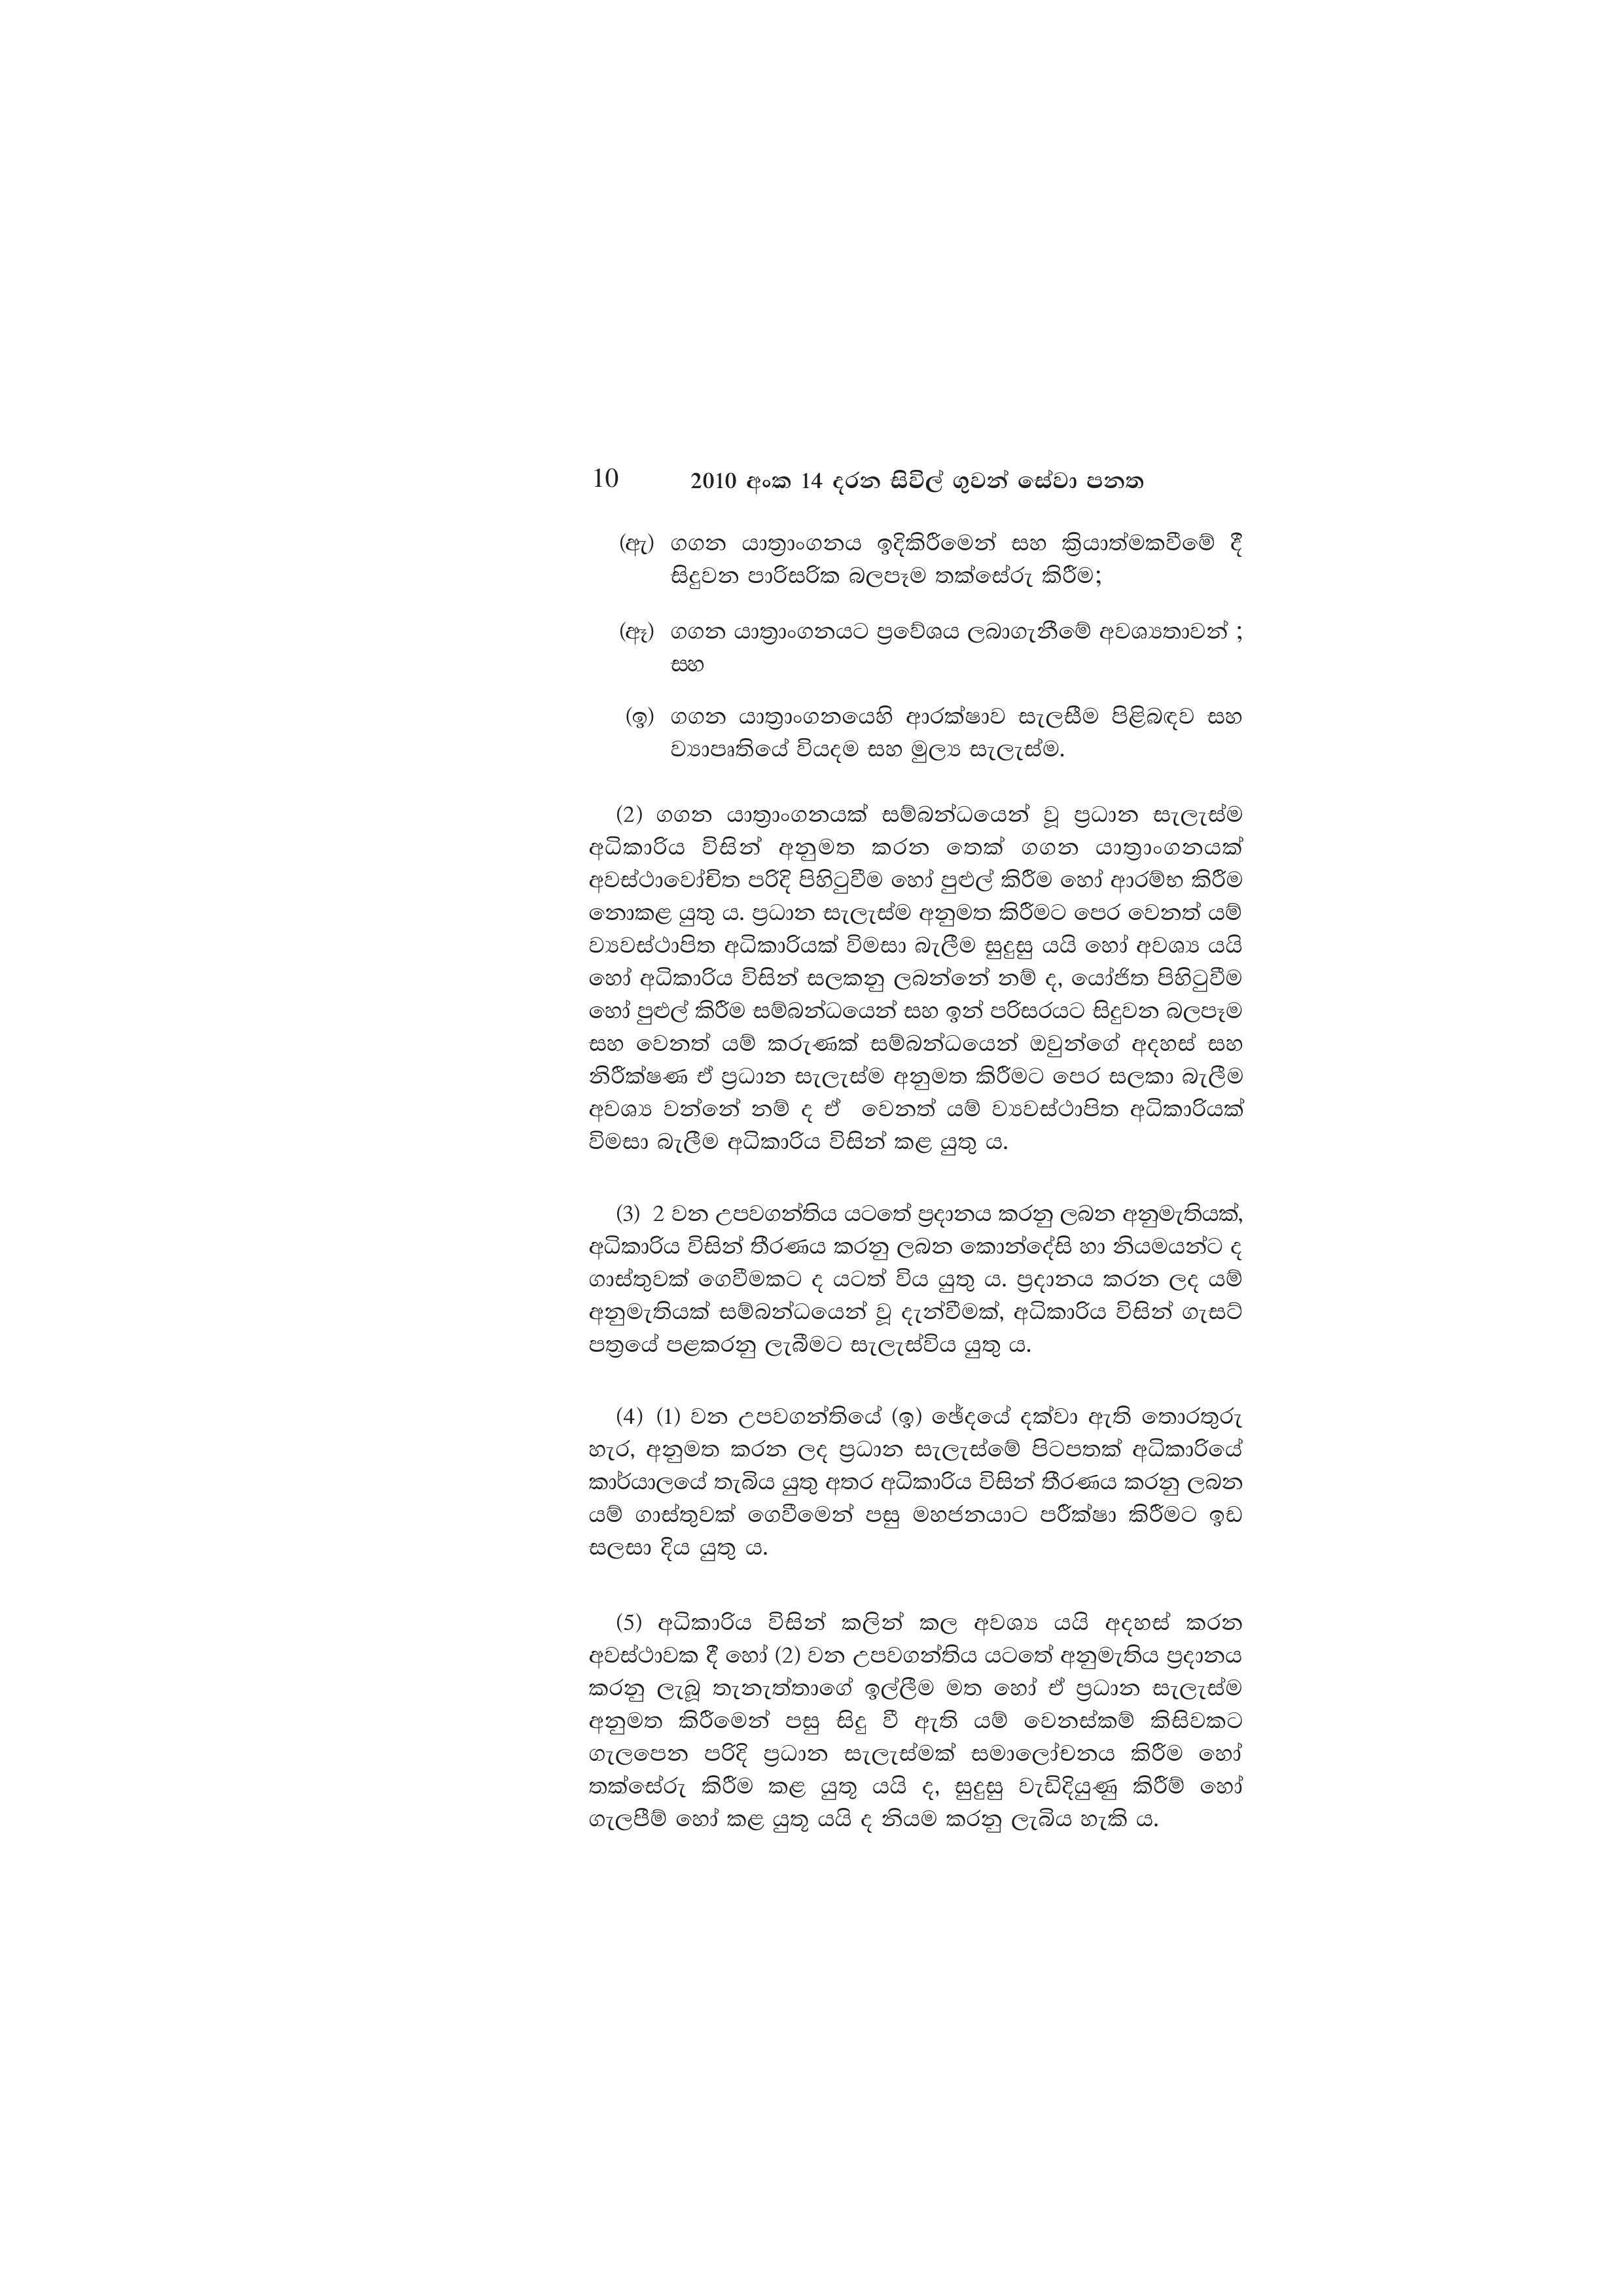
10  2010 අංක 14 දරන සිවිල් ගුවන් සේවා පනත

(ඇ) ගගන යාත්‍රාංගනය ඉදිකිරීමෙන් සහ ක්‍රියාත්මකවීමේ දී
සිදුවන පාරිසරික බලපෑම තක්සේරු කිරීම;

(ඈ) ගගන යාත්‍රාංගනයට ප්‍රවේශය ලබාගැනීමේ අවශ්‍යතාවන් ;
සහ

(ඉ) ගගන යාත්‍රාංගනයෙහි ආරක්ෂාව සැලසීම පිළිබඳව සහ
ව්‍යාපෘතියේ වියදම සහ මුල්‍ය සැලැස්ම.

(2) ගගන යාත්‍රාංගනයක් සම්බන්ධයෙන් වූ ප්‍රධාන සැලැස්ම
අධිකාරිය විසින් අනුමත කරන තෙක් ගගන යාත්‍රාංගනයක්
අවස්ථාවෝචිත පරිදි පිහිටුවීම හෝ පුළුල් කිරීම හෝ ආරම්භ කිරීම
නොකළ යුතු ය. ප්‍රධාන සැලැස්ම අනුමත කිරීමට පෙර වෙනත් යම්
ව්‍යවස්ථාපිත අධිකාරියක් විමසා බැලීම සුදුසු යයි හෝ අවශ්‍ය යයි
හෝ අධිකාරිය විසින් සලකනු ලබන්නේ නම් ද, යෝජිත පිහිටුවීම
හෝ පුළුල් කිරීම සම්බන්ධයෙන් සහ ඉන් පරිසරයට සිදුවන බලපෑම
සහ වෙනත් යම් කරුණක් සම්බන්ධයෙන් ඔවුන්ගේ අදහස් සහ
නිරීක්ෂණ ඒ ප්‍රධාන සැලැස්ම අනුමත කිරීමට පෙර සලකා බැලීම
අවශ්‍ය වන්නේ නම් ද ඒ වෙනත් යම් ව්‍යවස්ථාපිත අධිකාරියක්
විමසා බැලීම අධිකාරිය විසින් කළ යුතු ය.

(3) 2 වන උපවගන්තිය යටතේ ප්‍රදානය කරනු ලබන අනුමැතියක්,
අධිකාරිය විසින් තීරණය කරනු ලබන කොන්දේසි හා නියමයන්ට ද
ගාස්තුවක් ගෙවීමකට ද යටත් විය යුතු ය. ප්‍රදානය කරන ලද යම්
අනුමැතියක් සම්බන්ධයෙන් වූ දැන්වීමක්, අධිකාරිය විසින් ගැසට්
පත්‍රයේ පළකරනු ලැබීමට සැලැස්විය යුතු ය.

(4) (1) වන උපවගන්තියේ (ඉ) ඡේදයේ දක්වා ඇති තොරතුරු
හැර, අනුමත කරන ලද ප්‍රධාන සැලැස්මේ පිටපතක් අධිකාරියේ
කාර්යාලයේ තැබිය යුතු අතර අධිකාරිය විසින් තීරණය කරනු ලබන
යම් ගාස්තුවක් ගෙවීමෙන් පසු මහජනයාට පරීක්ෂා කිරීමට ඉඩ
සලසා දිය යුතු ය.

(5) අධිකාරිය විසින් කලින් කල අවශ්‍ය යයි අදහස් කරන
අවස්ථාවක දී හෝ (2) වන උපවගන්තිය යටතේ අනුමැතිය ප්‍රදානය
කරනු ලැබූ තැනැත්තාගේ ඉල්ලීම මත හෝ ඒ ප්‍රධාන සැලැස්ම
අනුමත කිරීමෙන් පසු සිදු වී ඇති යම් වෙනස්කම් කිසිවකට
ගැලපෙන පරිදි ප්‍රධාන සැලැස්මක් සමාලෝචනය කිරීම හෝ
තක්සේරු කිරීම කළ යුතූ යයි ද, සුදුසු වැඩිදියුණු කිරීම් හෝ
ගැලපීම් හෝ කළ යුතූ යයි ද නියම කරනු ලැබිය හැකි ය.